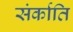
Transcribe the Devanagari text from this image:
संर्काति